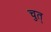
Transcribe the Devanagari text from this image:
चुत्